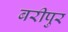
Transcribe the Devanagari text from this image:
बरीपुर